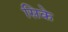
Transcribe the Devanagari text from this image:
सिके